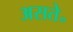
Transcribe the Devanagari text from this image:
असते॰